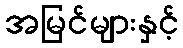
အမြင်များနှင့်